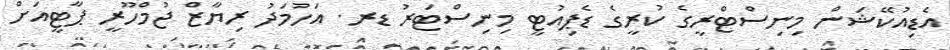
އެޑިއުކޭޝަން މިނިސްޓްރީގެ ކުރީގެ ޑެޕިއުޓީ މިނިސްޓަރު ޑރ. އަހުމަދު ރިޔާޒް ޖުމްހޫރީ ޕާޓީއަށް